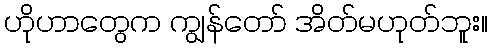
ဟိုဟာတွေက ကျွန်တော် အိတ်မဟုတ်ဘူး။